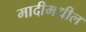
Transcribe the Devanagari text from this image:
मादीमधील